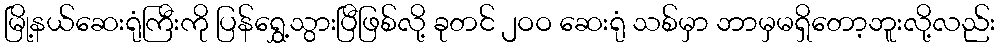
မြို့နယ်ဆေးရုံကြီးကို ပြန်ရွှေ့သွားပြီဖြစ်လို့ ခုတင် ၂ဝဝ ဆေးရုံ သစ်မှာ ဘာမှမရှိတော့ဘူးလို့လည်း